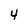
Character: y